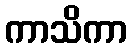
ကာသိကာ